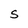
Character: S